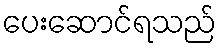
ပေးဆောင်ရသည်